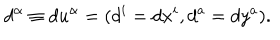
d ^ { \alpha } \equiv d u ^ { \alpha } = ( d ^ { i } = d x ^ { i } , d ^ { a } = d y ^ { a } ) .